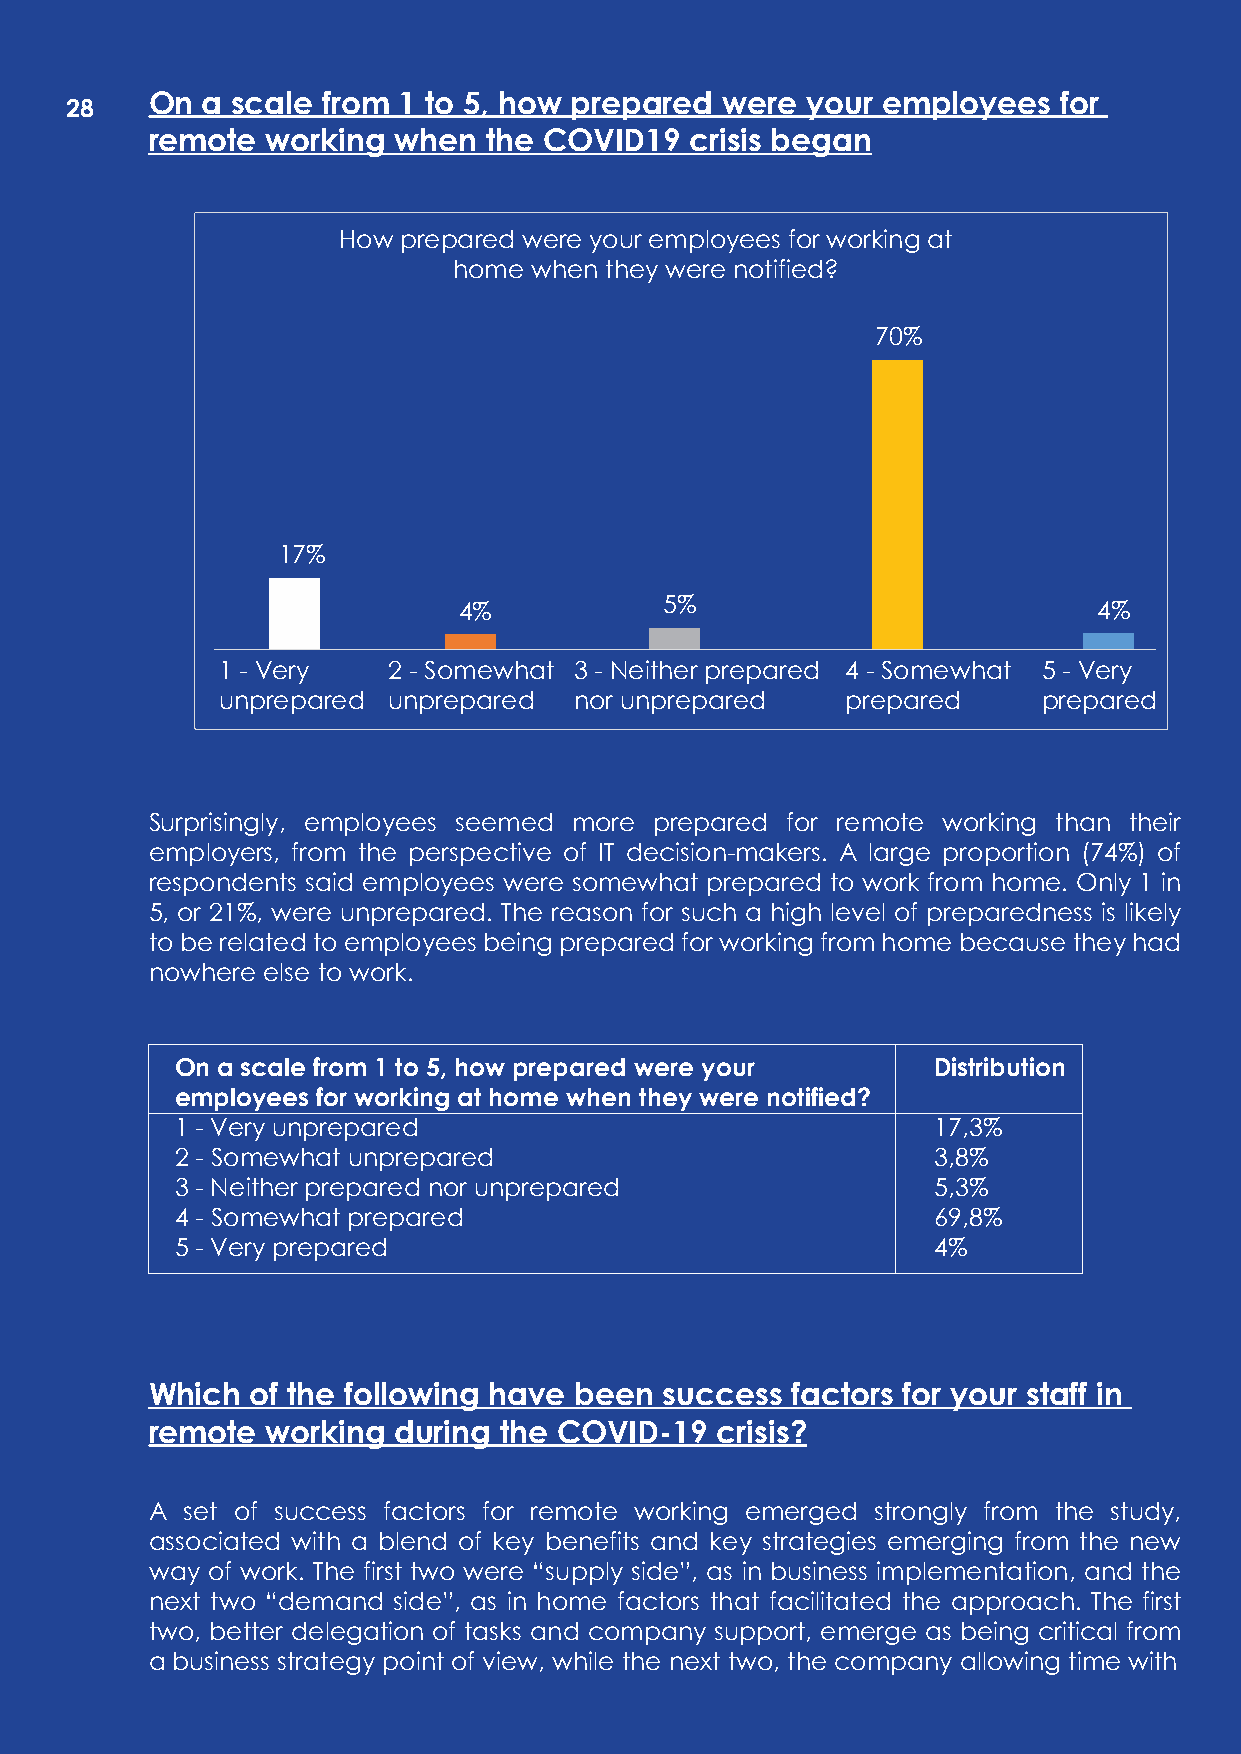
On a scale from 1 to 5, how prepared  were your employees   for
 2238
 remote  working when  the COVID19   crisis began
 How prepared were your employees for working at
 home when they were notified?
 70%
 17%
 4%            5%                           4%
 1 - Very    2 - Somewhat 3 - Neither prepared 4 - Somewhat 5 - Very
 unprepared  unprepared  nor unprepared    prepared     prepared
 Surprisingly, employees seemed more prepared for remote working than their
 employers, from the perspective of IT decision-makers. A large proportion (74%) of
 respondents said employees were somewhat prepared to work from home. Only 1 in
 5, or 21%, were unprepared. The reason for such a high level of preparedness is likely
 to be related to employees being prepared for working from home because they had
 nowhere else to work.
 On a scale from 1 to 5, how prepared were your    Distribution
 employees for working at home when they were notified?
 1 - Very unprepared                               17,3%
 2 - Somewhat unprepared                           3,8%
 3 - Neither prepared nor unprepared               5,3%
 4 - Somewhat prepared                             69,8%
 5 - Very prepared                                 4%
 Which  of the following have been success factors for your staff in
 remote  working during the COVID-19  crisis?
 A set of success factors for remote working emerged strongly from the study,
 associated with a blend of key benefits and key strategies emerging from the new
 way of work. The first two were “supply side”, as in business implementation, and the
 next two “demand side”, as in home factors that facilitated the approach. The first
 two, better delegation of tasks and company support, emerge as being critical from
 a business strategy point of view, while the next two, the company allowing time with
 0202
 |
 TROPER
 LAUNNA